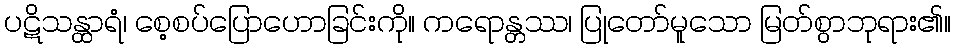
ပဋိသန္ထာရံ၊ စေ့စပ်ပြောဟောခြင်းကို။ ကရောန္တဿ၊ ပြုတော်မူသော မြတ်စွာဘုရား၏။